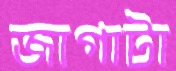
জাগাটা